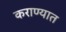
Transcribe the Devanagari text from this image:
कराण्यात